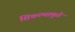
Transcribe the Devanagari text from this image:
शिकल्यामुळे